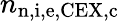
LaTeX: n_{\mathrm{n,i,e,CEX,c}}